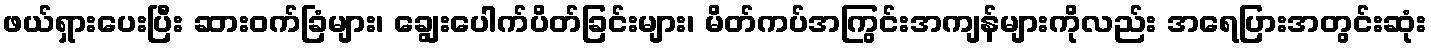
ဖယ်ရှားပေးပြီး ဆားဝက်ခြံများ၊ ချွေးပေါက်ပိတ်ခြင်းများ၊ မိတ်ကပ်အကြွင်းအကျန်များကိုလည်း အရေပြားအတွင်းဆုံး